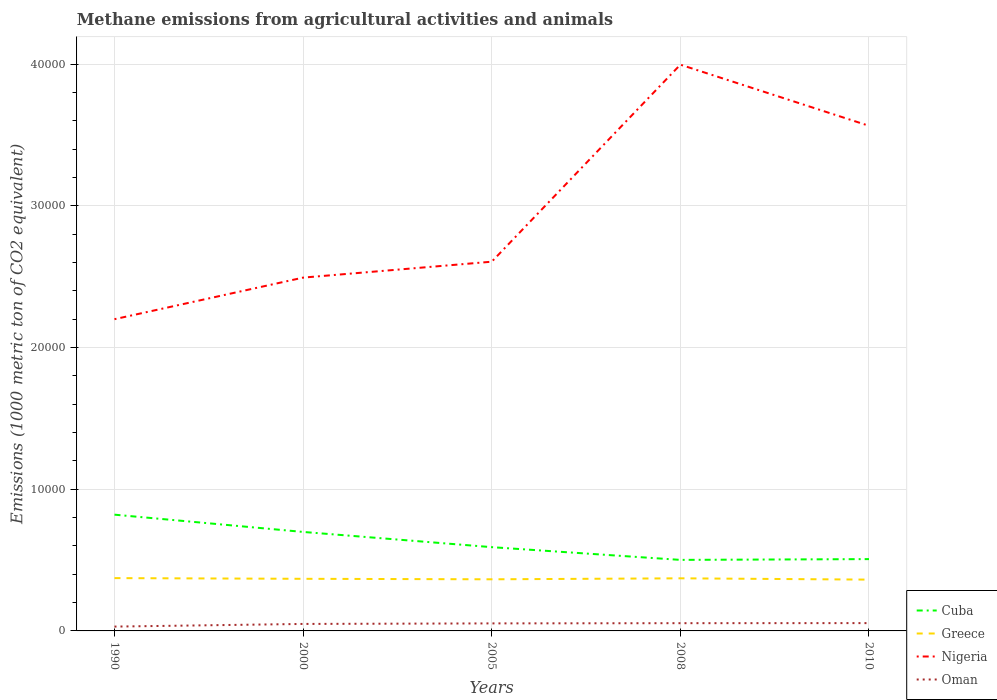
| Years | Cuba | Greece | Nigeria | Oman |
 | --- | --- | --- | --- | --- |
 | 1990 | 8.21e+03 | 3.73e+03 | 2.2e+04 | 306 |
 | 2000 | 6.99e+03 | 3.68e+03 | 2.49e+04 | 493 |
 | 2005 | 5.91e+03 | 3.64e+03 | 2.61e+04 | 532 |
 | 2008 | 5.02e+03 | 3.71e+03 | 4e+04 | 546 |
 | 2010 | 5.07e+03 | 3.62e+03 | 3.57e+04 | 552 |